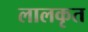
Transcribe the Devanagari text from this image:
लालकृत